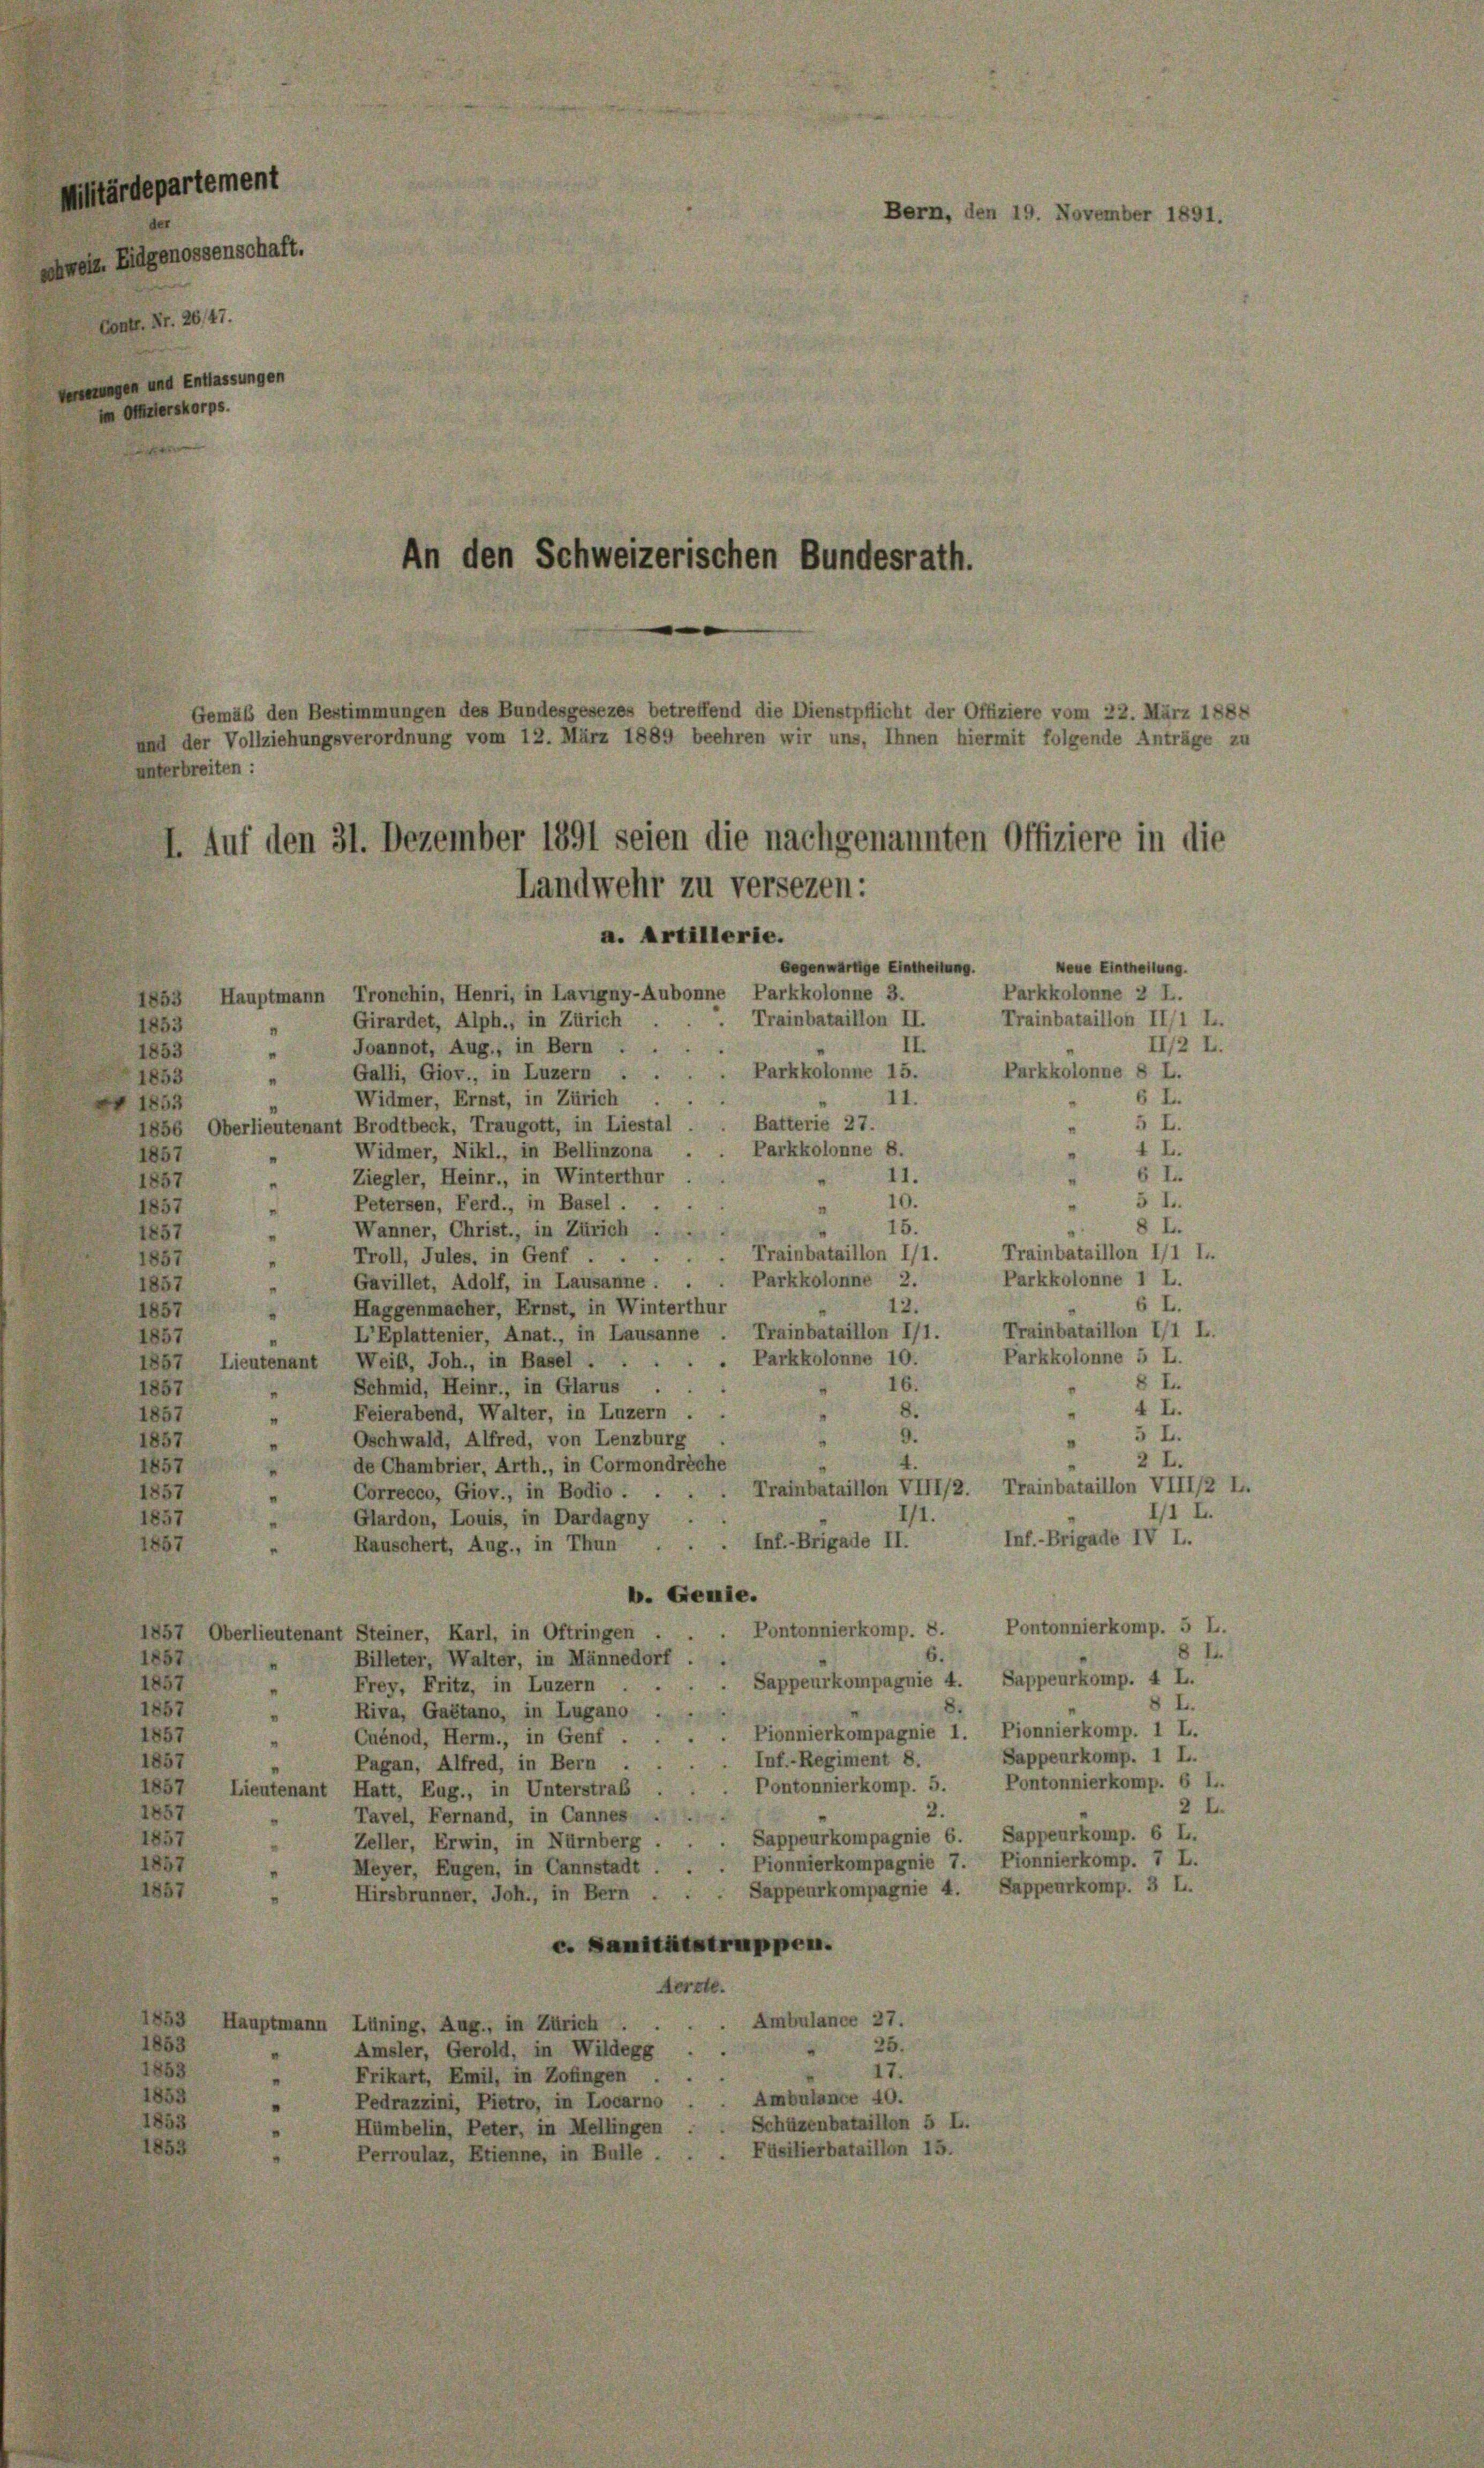
Militärdepartement

schweiz. Eidgenossenschaft.
Contr. Nr. 2047.
erungen und Entlassungen
im Mitterskorps.

1853
1853
1853
 1853
1857
1857
1857

unterbreiten:

1857
1857
1857
1857
1857
1857

1857.
1857
1857
1857
1857

3
3

a. Artillerie.
Neue Eintheilung.
Gegenwärtige Eintheilung.
Parkkolonne 2 L.
1853 Hauptmann Tronchin, Henri, in Lavigny-Aubonne Parkkolonne 3.
Trainbataillon II/1 L.
. Trainbataillon II.
Girardet, Alph., in Zürich
II/2 L.
II
Joannot, Aug., in Bern .
Purkkolonne 8 L.
Galli, Giov., in Luzern . . . . Parkkolonne 15.
6 L.
Widmer, Ernst, in Zürich .
11.
5 L.
Batterie 27.
1856, Oberlieutenant Brodtbeck, Traugott, in Liestal
Parkkolonne 8.
4 L.
Widmer, Nikl., in Bellinzona
"
6 I.
11.
Ziegler, Heinr., in Winterthur
5 I.
10.
Petersen, Ferd., in Basel ...
8 L.
15.
Wanner, Christ., in Zürich . .
2
Trainbataillon 1/1 I.
Troll, Jules, in Genf . . . . . Trainbataillon 11.
Parkkolonne I L.
Gavillet, Adolf, in Lausanne . . . Parkkolonne 2.
6 I.
12.
Haggenmacher, Ernst, in Winterthur
Trainbataillon II L.
L’Eplattenier, Anat., in Lausanne. Trainbataillon I/1.
Parkkolonne 5 L.
. Parkkolonne 10.
1857 Lieutenant Weib, Joh., in Basel . .
8 I.
16.
Schmid, Heinr., in Glarus .
4 L.
8.
Feierabend, Walter, in Luzern .
5 L.
9.
Oschwald, Alfred, von Lenzburg
.
2 L.
4.
de Chambrier, Arth., in Cormondreche
Correcco, Giov., in Bodio . . . . Trainbataillon VIII/2. Trainbataillon VIII/2 L.
II L.
11
Glardon, Louis, in Dardagny
Inf.-Brigade IV I.
Inf.-Brigade II.
Rauschert, Aug., in Thun
b. Genie.
Pontonnierkomp. 5 L.
 Pontonnierkomp. 8.
1857, Oberlieutenant Steiner, Karl, in Oftringen
8 I.
6.
Billeter, Walter, in Männedorf,
Sappeurkomp. 4 L.
Sappeurkompagnie 4.
Frey, Fritz, in Luzern . .
I
8.
Riva, Gaétano, in Lugano
Pionnierkompagnie 1. Pionnierkomp. 1 L.
Cuénod, Herm., in Genf.
Sappeurkomp. 1 L.
Inf.-Regiment 8.
Pagan, Alfred, in Bern .
Pontonnierkomp. 6 L..
Pontonnierkomp. 5.
1857 Lieutenant Hatt, Eug., in Unterstraß
2 L.
2.
Tavel, Fernand, in Cannes
Sappeurkompagnie 6. Sappeurkomp. 6 L.
Zeller, Erwin, in Nürnberg.
Pionnierkompagnie 7. Pionnierkomp. 7 L.
Meyer, Eugen, in Cannstadt.
Sappeurkompagnie 4. Sappeurkomp. 3 L.
Hirsbrunner, Joh., in Bern . .
c. Sanitätstruppen.
Aerzte.
Ambulance 27.
Hauptmann Lüning, Aug., in Zürich.
25.
Amsler, Gerold, in Wildegg
17.
Frikart, Emil, in Zofingen
Ambulance 40.
Pedrazzini, Pietro, in Locarno
Schäzenbataillon 5 L.
Hümbelin, Peter, in Mellingen
Füsilierbataillon 15.
Perroulaz, Etienne, in Bulle.

Bern, den 19. November 1891.
An den Schweizerischen Bundesrath.

Gemäß den Bestimmungen des Bundesgesezes betreffend die Dienstpflicht der Offiziere vom 22. März 1888
und der Vollziehungsverordnung vom 12. März 1889 beehren wir uns, Ihnen hiermit folgende Anträge zu
I. Auf den 31. Dezember 1891 seien die nachgenannten Offiziere in die
Landwehr zu versezen: